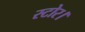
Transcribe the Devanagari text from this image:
स्टोर।